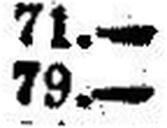
79.—